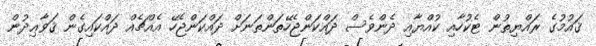
ޤައުމުގެ ރައްޔިތުން ޓެކުހާއި ކުއްޔާއި ދެންވެސް ދައްކަންޖެހޭތަންތަނަށް ދައްކަންޖެހޭ އެއްޗެއް ދައްކައިގެން ޤަވާޢިދުން